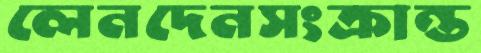
লেনদেনসংক্রান্ত